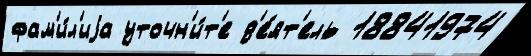
фам'и́л'иjа уточн'и́т'е д'е́ят'ель 18841974